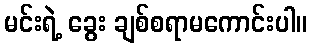
မင်းရဲ့ ခွေး ချစ်စရာမကောင်းပါ။